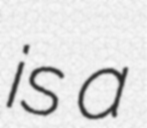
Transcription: is a